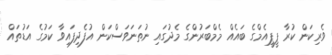
ވެރިކަން ކުރާ ޕީޕީއެމްގެ ބައެއް މެމްބަރުންގެ މެދުގައި ނުތަނަވަސްކަން އުފެދިފައިވާ ކަމުގެ އަޑުތައް